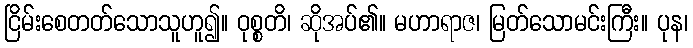
ငြိမ်းစေတတ်သောသူဟူ၍။ ဝုစ္စတိ၊ ဆိုအပ်၏။ မဟာရာဇ၊ မြတ်သောမင်းကြီး။ ပုန၊